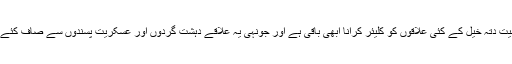
انکا کہنا تھا، ’’شمالی وزیر ستان کے میر علی اور میران سمیت دتہ خیل کے کئی علاقوں کو کلیئر کرانا ابھی باقی ہے اور جونہی یہ علاقے دہشت گردوں اور عسکریت پسندوں سے صاف کئے جائیں گے ان لوگوں کی واپسی کا عمل شروع ہو جائے گا‘‘۔